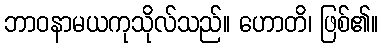
ဘာဝနာမယကုသိုလ်သည်။ ဟောတိ၊ ဖြစ်၏။